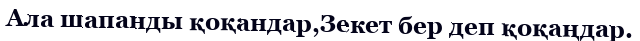
Ала шапанды қоқандар,Зекет бер деп қоқаңдар.